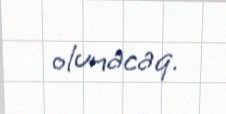
olunacaq.